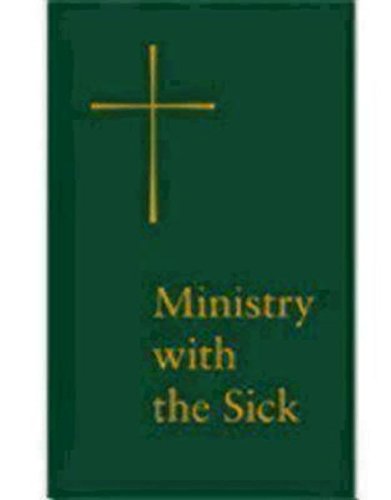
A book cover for Ministry with the Sick; Church Publishing; Christian Books & Bibles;